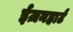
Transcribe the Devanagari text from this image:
ईज़नहार्ट